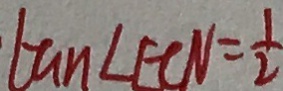
\tan \angle E C N = \frac { 1 } { 2 }